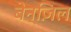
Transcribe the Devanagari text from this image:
बेन्ज़िल